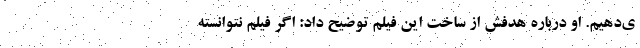
ی‌دهیم. او درباره هدفش از ساخت این فیلم توضیح داد: اگر فیلم نتوانسته